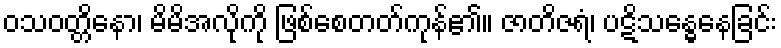
ဝသဝတ္တိနော၊ မိမိအလိုကို ဖြစ်စေတတ်ကုန်၏။ ဇာတိဇရံ၊ ပဋိသန္ဓေနေခြင်း